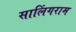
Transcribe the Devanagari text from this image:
सालिंगराम